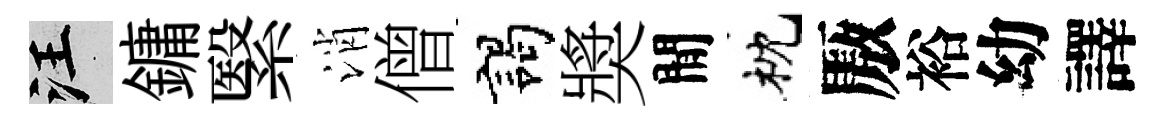
汪鏞繄消僧謁奬閒枕厫裕幼譯